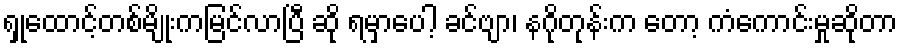
ရှုထောင့်တစ်မျိုးကမြင်လာပြီ ဆို ရမှာပေါ့ ခင်ဗျာ၊ နဂိုတုန်းက တော့ ကံကောင်းမှုဆိုတာ